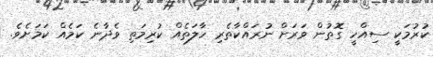
ކުރުމަކީ ސިއްހީ ގޮތުން ވަރަށް ނުރައްކާތެރި ހާލަތެއް ކުރިމަތި ވެދާނެ ކަމެއް ކަމަށެވެ.